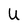
Character: U